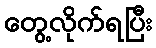
တွေ့လိုက်ရပြီး